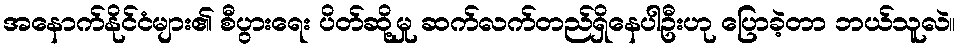
အနောက်နိုင်ငံများ၏ စီပွားရေး ပိတ်ဆို့မှု ဆက်လက်တည်ရှိနေပါဦးဟု ပြောခဲ့တာ ဘယ်သူလဲ။